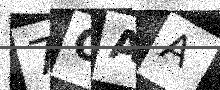
Text: 7OAA